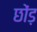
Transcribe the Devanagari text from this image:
छोंड़